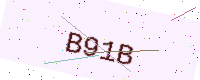
Text: B91B